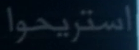
استريحوا